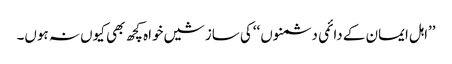
’’اہل ایمان کے دائمی دشمنوں ‘‘کی سازشیں خواہ کچھ بھی کیوں نہ ہوں۔